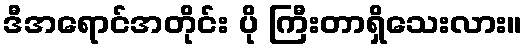
ဒီအရောင်အတိုင်း ပို ကြီးတာရှိသေးလား။